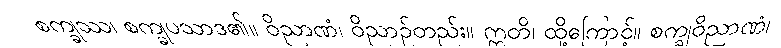
စက္ခုဿ၊ စက္ခုပသာဒ၏။ ဝိညာဏံ၊ ဝိညာဉ်တည်း။ ဣတိ၊ ထို့ကြောင့်။ စက္ခုဝိညာဏံ၊